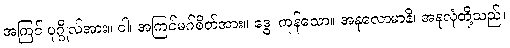
အကြင် ပုဂ္ဂိုလ်အား။ ဝါ၊ အကြင်မဂ်စိတ်အား။ ဒွေ၊ ကုန်သော။ အနုလောမာနိ၊ အနုလုံတို့သည်။